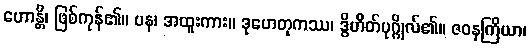
ဟောန္တိ၊ ဖြစ်ကုန်၏။ ပန၊ အထူးကား။ ဒုဟေတုကဿ၊ ဒွိဟိတ်ပုဂ္ဂိုလ်၏။ ဇဝနကြိယာ၊